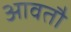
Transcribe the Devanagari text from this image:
आवतौ